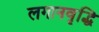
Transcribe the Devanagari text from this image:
लगानवृद्धि